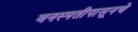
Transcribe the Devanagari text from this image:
वनस्पतीपासूनचे